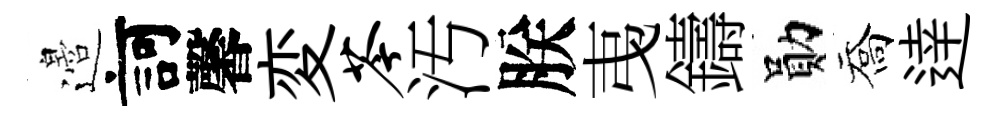
邉訶馨変苓汚朕𢎯鑄勛喬逹